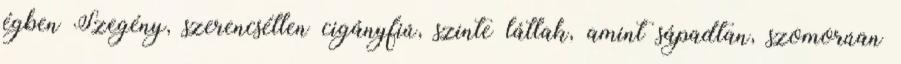
égben Szegény, szerencsétlen cigányfiú, szinte látlak, amint sápadtan, szomorúan